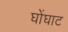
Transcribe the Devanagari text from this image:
घोंघाट